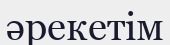
әрекетім